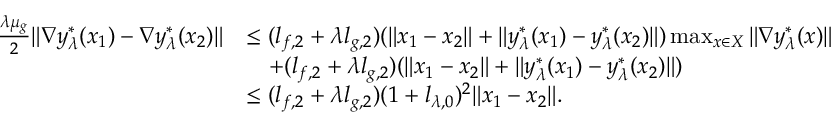
\begin{array} { r l } { \frac { \lambda \mu _ { g } } { 2 } \| \nabla y _ { \lambda } ^ { * } ( x _ { 1 } ) - \nabla y _ { \lambda } ^ { * } ( x _ { 2 } ) \| } & { \le ( l _ { f , 2 } + \lambda l _ { g , 2 } ) ( \| x _ { 1 } - x _ { 2 } \| + \| y _ { \lambda } ^ { * } ( x _ { 1 } ) - y _ { \lambda } ^ { * } ( x _ { 2 } ) \| ) \operatorname* { m a x } _ { x \in X } \| \nabla y _ { \lambda } ^ { * } ( x ) \| } \\ & { \quad + ( l _ { f , 2 } + \lambda l _ { g , 2 } ) ( \| x _ { 1 } - x _ { 2 } \| + \| y _ { \lambda } ^ { * } ( x _ { 1 } ) - y _ { \lambda } ^ { * } ( x _ { 2 } ) \| ) } \\ & { \le ( l _ { f , 2 } + \lambda l _ { g , 2 } ) ( 1 + l _ { \lambda , 0 } ) ^ { 2 } \| x _ { 1 } - x _ { 2 } \| . } \end{array}